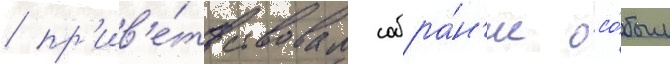
/ пр'ив'е́тствовал собра́н'ие осо́бым